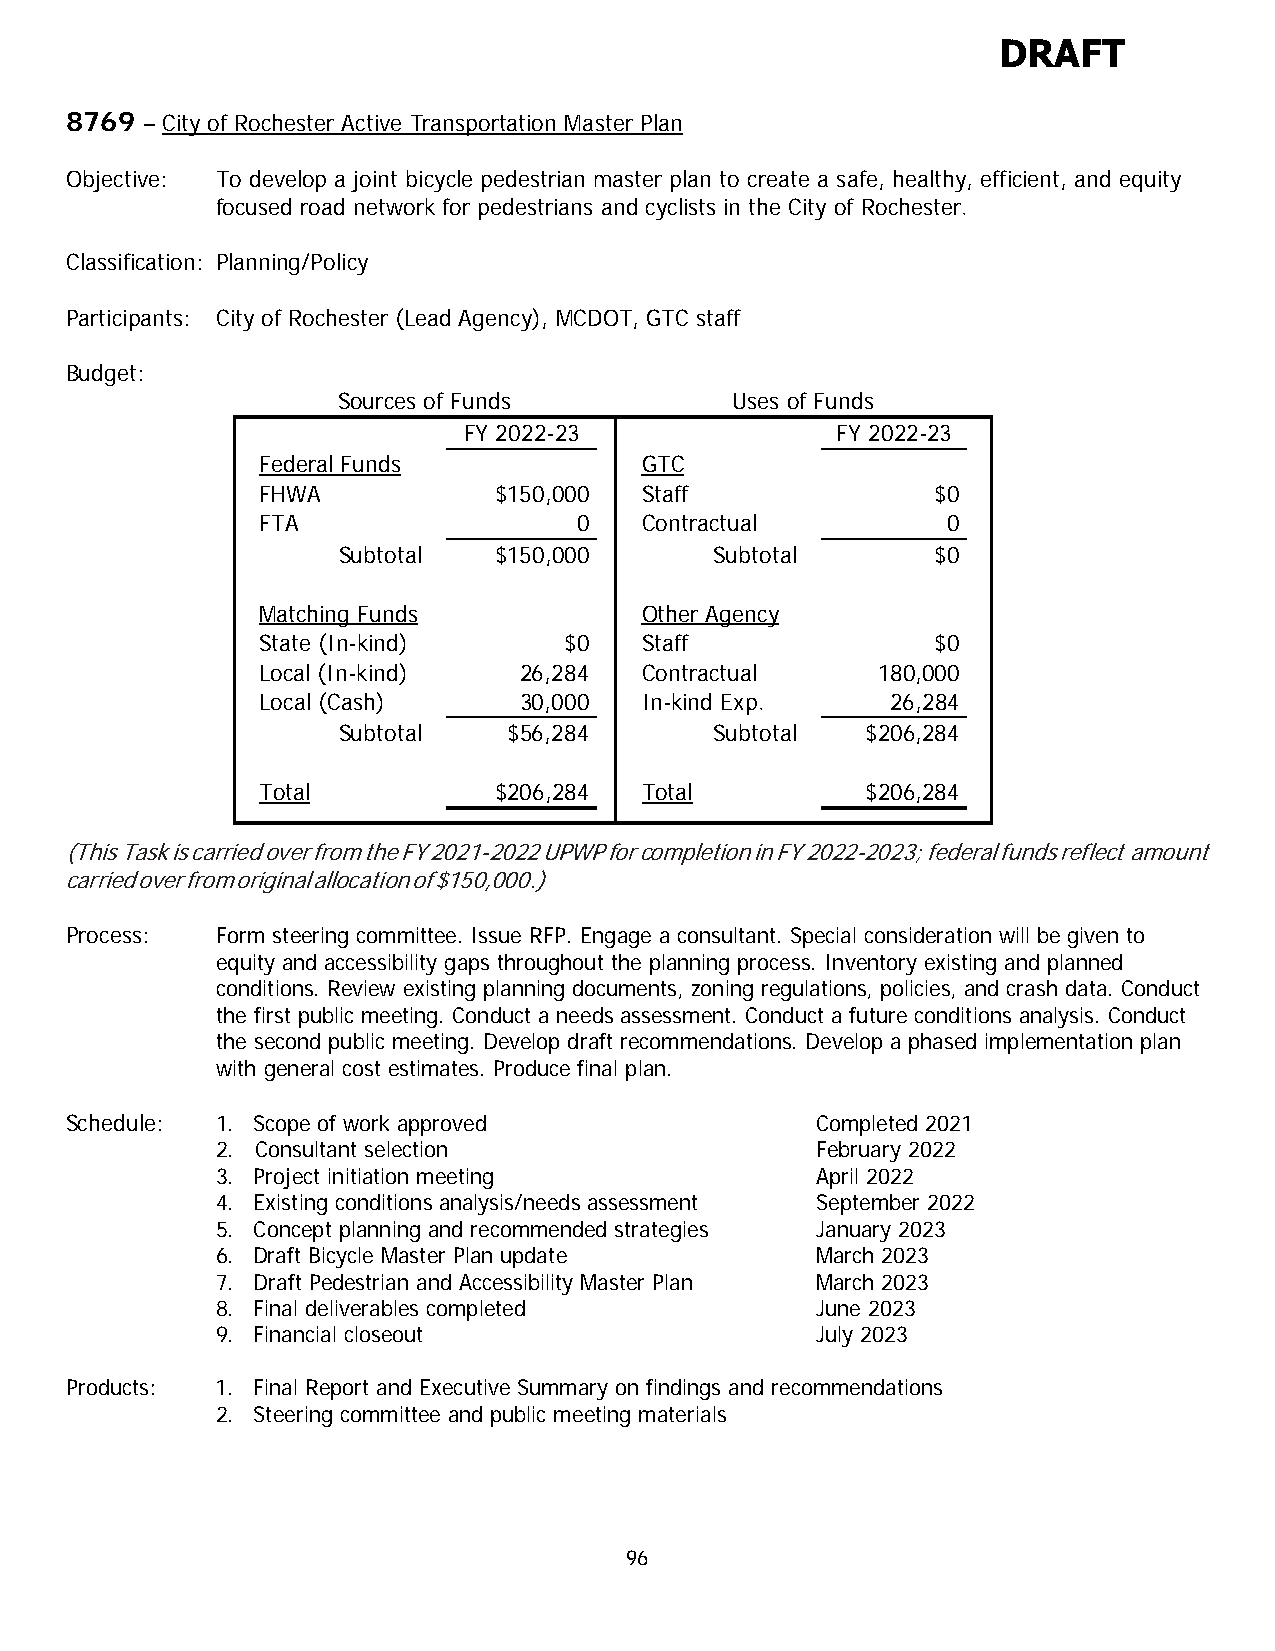
DRAFT
 8769 – City of Rochester Active Transportation Master Plan
 Objective: To develop a joint bicycle pedestrian master plan to create a safe, healthy, efficient, and equity
 focused road network for pedestrians and cyclists in the City of Rochester.
 Classification: Planning/Policy
 Participants: City of Rochester (Lead Agency), MCDOT, GTC staff
 Budget:
 Sources of Funds          Uses of Funds
 FY 2022-23              FY 2022-23
 Federal Funds            GTC
 FHWA            $150,000 Staff               $0
 FTA                  0   Contractual          0
 Subtotal   $150,000      Subtotal       $0
 Matching Funds           Other Agency
 State (In-kind)     $0   Staff               $0
 Local (In-kind)  26,284  Contractual     180,000
 Local (Cash)     30,000  In-kind Exp.     26,284
 Subtotal    $56,284      Subtotal  $206,284
 Total           $206,284 Total          $206,284
 (This Task is carried over from the FY 2021-2022 UPWP for completion in FY 2022-2023; federal funds reflect amount
 carried over from original allocation of $150,000.)
 Process:  Form steering committee. Issue RFP. Engage a consultant. Special consideration will be given to
 equity and accessibility gaps throughout the planning process. Inventory existing and planned
 conditions. Review existing planning documents, zoning regulations, policies, and crash data. Conduct
 the first public meeting. Conduct a needs assessment. Conduct a future conditions analysis. Conduct
 the second public meeting. Develop draft recommendations. Develop a phased implementation plan
 with general cost estimates. Produce final plan.
 Schedule: 1. Scope of work approved               Completed 2021
 2. Consultant selection                 February 2022
 3. Project initiation meeting           April 2022
 4. Existing conditions analysis/needs assessment September 2022
 5. Concept planning and recommended strategies January 2023
 6. Draft Bicycle Master Plan update     March 2023
 7. Draft Pedestrian and Accessibility Master Plan March 2023
 8. Final deliverables completed         June 2023
 9. Financial closeout                   July 2023
 Products: 1. Final Report and Executive Summary on findings and recommendations
 2. Steering committee and public meeting materials
 96